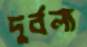
দুর্বল্য